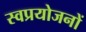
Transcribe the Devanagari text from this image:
स्वप्रयोजनों